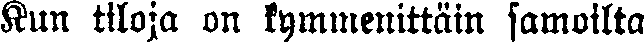
Kun tiloja on kymmenittäin samoilta